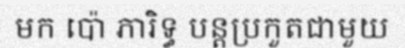
មក ប៉ោ ភារិទ្ធ បន្តប្រកួតជាមួយ